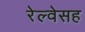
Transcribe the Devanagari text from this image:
रेल्वेसह